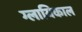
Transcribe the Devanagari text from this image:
ग्लायिकाल